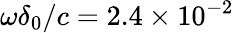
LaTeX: \omega\delta_{0}/c=2.4\times 10^{-2}